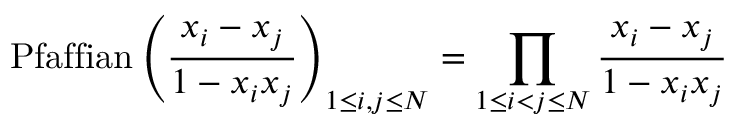
\mathrm { P f a f f i a n } \left( { \frac { x _ { i } - x _ { j } } { 1 - x _ { i } x _ { j } } } \right) _ { 1 \le i , j \le N } = \prod _ { 1 \le i < j \le N } { \frac { x _ { i } - x _ { j } } { 1 - x _ { i } x _ { j } } }